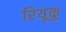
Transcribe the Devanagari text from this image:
रियूकू